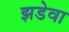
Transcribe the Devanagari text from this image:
झडेवा